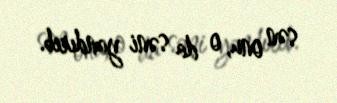
sən onu, o da səni yandırıb.